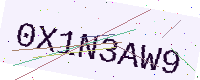
Text: 0X1N3AW9